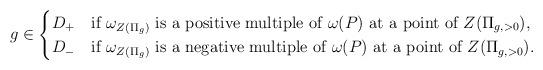
LaTeX: \begin{align*}g \in \begin{cases}D_+ & \mbox{if $\omega_{Z(\Pi_g)}$ is a positive multiple of $\omega(P)$ at a point of $Z(\Pi_{g,> 0})$,} \\D_- & \mbox{if $\omega_{Z(\Pi_g)}$ is a negative multiple of $\omega(P)$ at a point of $Z(\Pi_{g,> 0})$.} \end{cases}\end{align*}